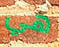
هي